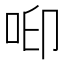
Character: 𠲃